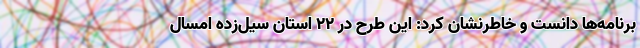
برنامه‌ها دانست و خاطرنشان کرد: این طرح در ۲۲ استان سیل‌زده امسال